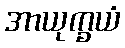
အာယုက္ခယံ